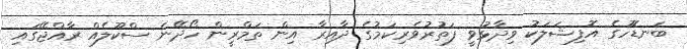
ބަނޑޮހުގެ އޮފިޝަލަކު ވިދާޅުވީ ފަތުރުވެރިކަމުގެ ދާއިރާ އިން ތަމްރީން ހޯދޭނެ ސްކޫލެއް ރާއްޖޭގައި